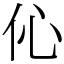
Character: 伈